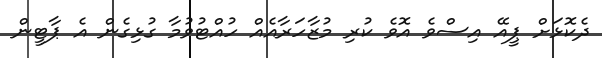
ދެކޮޅަށް ޕީއޭ އިސްވެ އޮވެ ކުރި މުޒާހަރާއެއް ހުއްޓުވުމާ ގުޅިގެން އެ ޕާޓީން